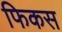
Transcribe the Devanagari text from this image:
फिकस